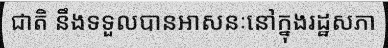
ជាតិ នឹងទទួលបានអាសនៈនៅក្នុងរដ្ឋសភា